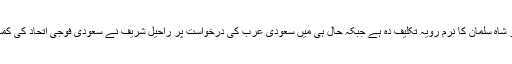
اس موقع پر شاہ سلمان کا نرم رویہ تکلیف دہ ہے جبکہ حال ہی میں سعودی عرب کی درخواست پر راحیل شریف نے سعودی فوجی اتحاد کی کمانڈ سنبھالی۔